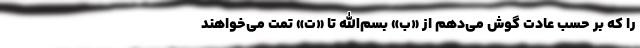
را که بر حسب عادت گوش می‌دهم از «ب» بسم‌الله تا «ت» تمت می‌خواهند